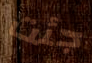
جئت